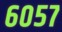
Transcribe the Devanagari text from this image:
६०५७